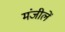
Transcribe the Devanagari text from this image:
मंजीलें